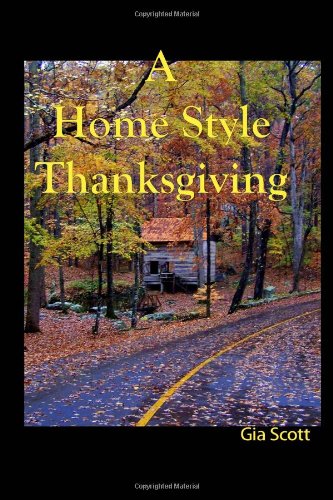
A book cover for A Home Style Thanksgiving; Gia Scott; Cookbooks, Food & Wine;